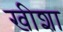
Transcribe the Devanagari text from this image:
खीशा